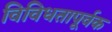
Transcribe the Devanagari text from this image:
विविधतापूर्वक